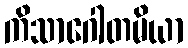
ကိသာဂေါတမိယာ